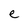
Character: e